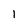
Character: l